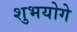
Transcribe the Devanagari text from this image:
शुभयोगे